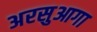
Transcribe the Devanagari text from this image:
अरसुआगा